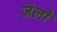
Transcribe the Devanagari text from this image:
ज़ेलो